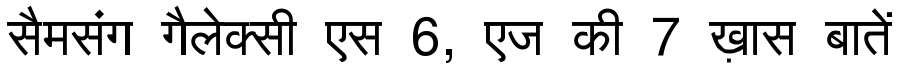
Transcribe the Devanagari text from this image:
सैमसंग गैलेक्सी एस 6, एज की 7 ख़ास बातें